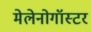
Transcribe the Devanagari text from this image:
मेलेनोगॉस्टर